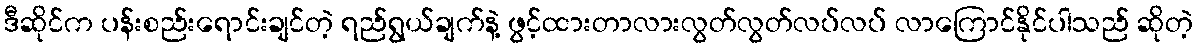
ဒီဆိုင်က ပန်းစည်းရောင်းချင်တဲ့ ရည်ရွယ်ချက်နဲ့ ဖွင့်ထားတာလားလွတ်လွတ်လပ်လပ် လာကြောင်နိုင်ပါသည် ဆိုတဲ့